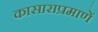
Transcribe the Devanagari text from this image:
कासाराप्रमाणें